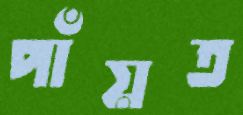
পাঁয়ত